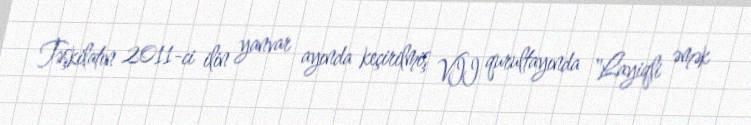
Təşkilatın 2011-ci ilin yanvar ayında keçirilmiş VII qurultayında "Layiqli əmək